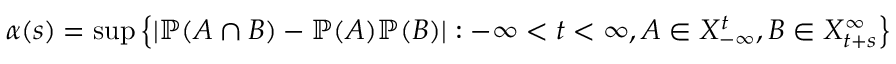
\alpha ( s ) = \operatorname* { s u p } \left\{ | \mathbb { P } ( A \cap B ) - \mathbb { P } ( A ) \mathbb { P } ( B ) | : - \infty < t < \infty , A \in X _ { - \infty } ^ { t } , B \in X _ { t + s } ^ { \infty } \right\}